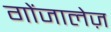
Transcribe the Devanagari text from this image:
गोंजालेज़